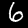
Label: 6